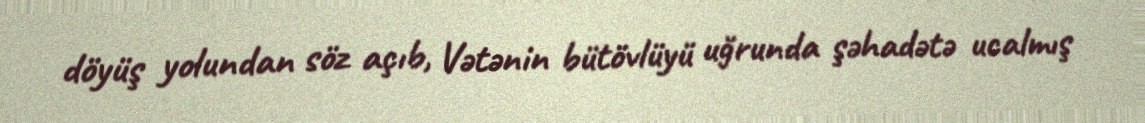
döyüş yolundan söz açıb, Vətənin bütövlüyü uğrunda şəhadətə ucalmış